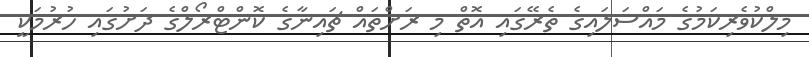
މިލްކުވެރިކަމުގެ މައްސަލައިގެ ތެރޭގައި އޮތް މި ރަށްތައް ޗައިނާގެ ކޮންޓްރޯލްގެ ދަށުގައި ހުރުމަކީ